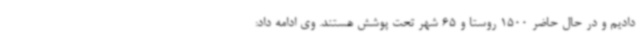
دادیم و در حال حاضر 1500 روستا و 65 شهر تحت پوشش هستند. وی ادامه داد: